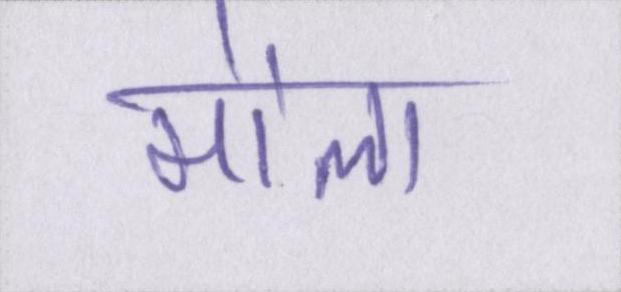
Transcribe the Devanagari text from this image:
मौला